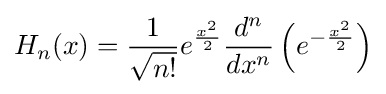
H_{n}(x)={\frac {1}{\sqrt {n!}}}e^{\frac {x^{2}}{2}}{\frac {d^{n}}{dx^{n}}}\left(e^{-{\frac {x^{2}}{2}}}\right)